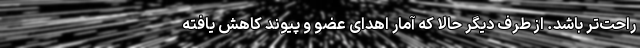
راحت‌تر باشد. از طرف دیگر حالا که آمار اهدای عضو و پیوند کاهش یافته